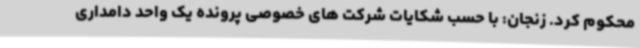
محکوم کرد. زنجان: با حسب شکایات شرکت های خصوصی پرونده یک واحد دامداری